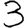
Digit: 3